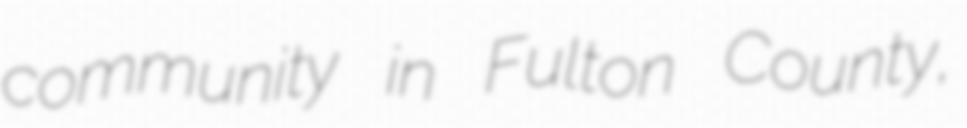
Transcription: community in Fulton County,